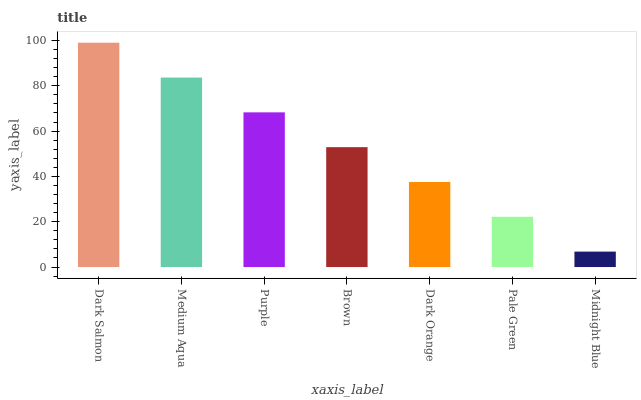
| xaxis_label | bars |
 | --- | --- |
 | Dark Salmon | 99 |
 | Medium Aqua | 83.6 |
 | Purple | 68.3 |
 | Brown | 52.9 |
 | Dark Orange | 37.5 |
 | Pale Green | 22.2 |
 | Midnight Blue | 6.81 |